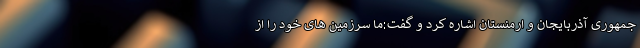
جمهوری آذربایجان و ارمنستان اشاره کرد و گفت:ما سرزمین های خود را از